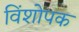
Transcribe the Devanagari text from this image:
विंशोपक